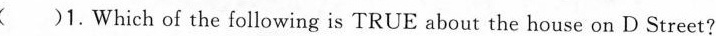
( )1.Which of the following is TRUE about the house on D Street?